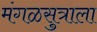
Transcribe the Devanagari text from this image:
मंगळसुत्राला